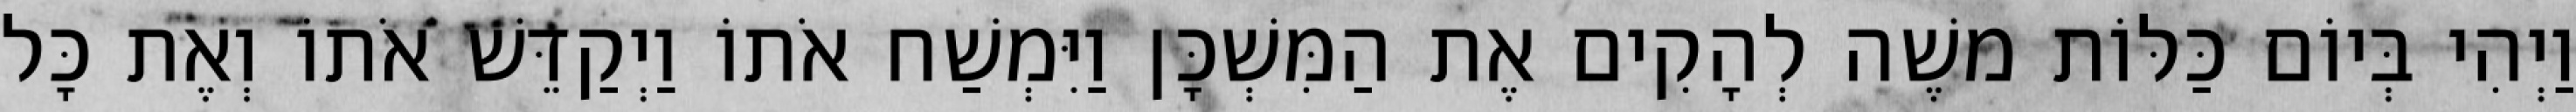
וַיְהִי בְּיוֹם כַּלּוֹת משֶׁה לְהָקִים אֶת הַמִּשְׁכָּן וַיִּמְשַׁח אֹתוֹ וַיְקַדֵּשׁ אֹתוֹ וְאֶת כָּל